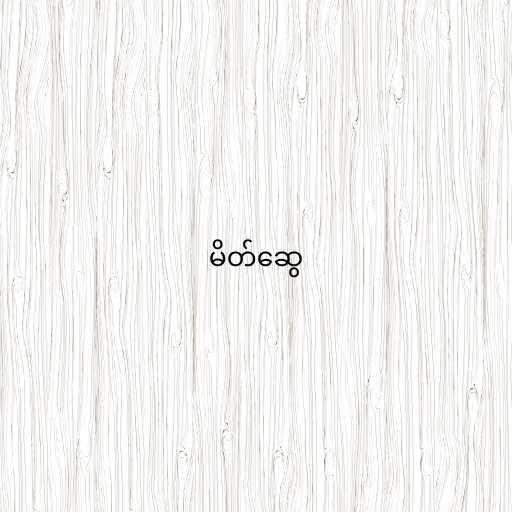
မိတ်ဆွေ